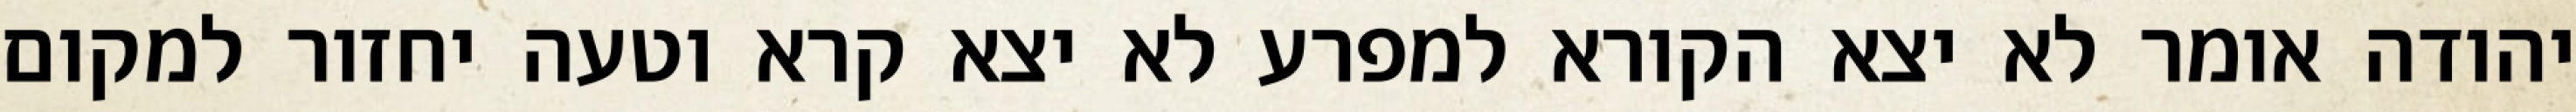
יהודה אומר לא יצא הקורא למפרע לא יצא קרא וטעה יחזור למקום